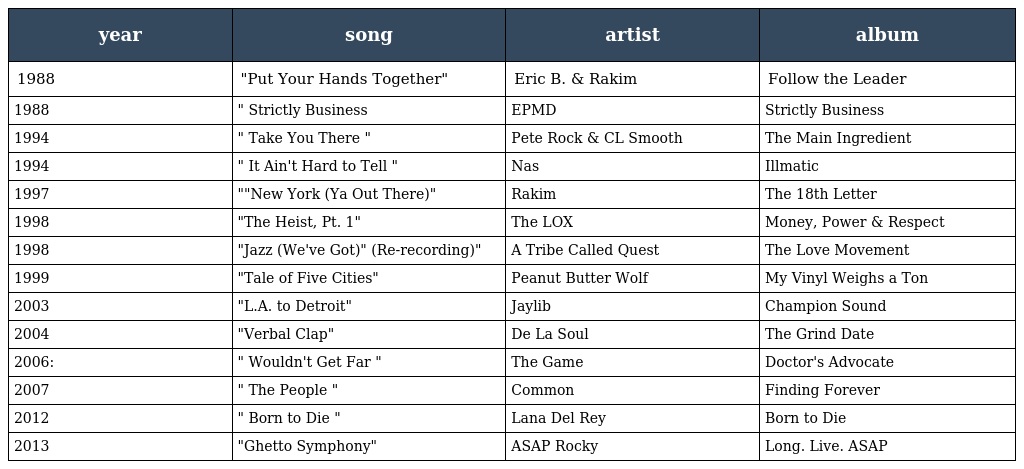
| year | song | artist | album |
 | --- | --- | --- | --- |
 | 1988 | "Put Your Hands Together" | Eric B. & Rakim | Follow the Leader |
 | 1988 | " Strictly Business | EPMD | Strictly Business |
 | 1994 | " Take You There " | Pete Rock & CL Smooth | The Main Ingredient |
 | 1994 | " It Ain't Hard to Tell " | Nas | Illmatic |
 | 1997 | ""New York (Ya Out There)" | Rakim | The 18th Letter |
 | 1998 | "The Heist, Pt. 1" | The LOX | Money, Power & Respect |
 | 1998 | "Jazz (We've Got)" (Re-recording)" | A Tribe Called Quest | The Love Movement |
 | 1999 | "Tale of Five Cities" | Peanut Butter Wolf | My Vinyl Weighs a Ton |
 | 2003 | "L.A. to Detroit" | Jaylib | Champion Sound |
 | 2004 | "Verbal Clap" | De La Soul | The Grind Date |
 | 2006: | " Wouldn't Get Far " | The Game | Doctor's Advocate |
 | 2007 | " The People " | Common | Finding Forever |
 | 2012 | " Born to Die " | Lana Del Rey | Born to Die |
 | 2013 | "Ghetto Symphony" | ASAP Rocky | Long. Live. ASAP |